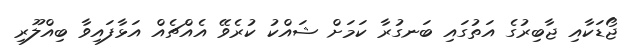
ޖޯޑަކާއި ޖާބިރުގެ އަތުގައި ބަނގުރާ ކަމަށް ޝައްކު ކުރެވޭ އެއްޗެއް އަޅާފައިވާ ބިއްލޫރި